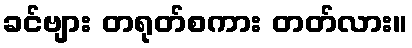
ခင်ဗျား တရုတ်စကား တတ်လား။